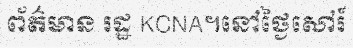
ព័ត៌មាន រដ្ឋ KCNA។នៅថ្ងៃសៅរ៍